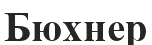
Бюхнер